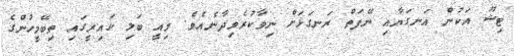
ޓިޝޫ އަކުން އަނގަޔާއި ނޭފަތް ރަނގަޅަށް ނިވާކުރެވިދާނެއެވެ. މިއީ ބަލި ކައިރީގައި ތިބޭމީހުންގެ